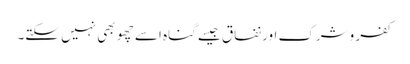
کفر وشرک اور نفاق جیسے گناہ اسے چھو بھی نہیں سکتے۔